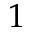
1